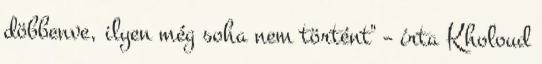
döbbenve, ilyen még soha nem történt" – írta Kholoud